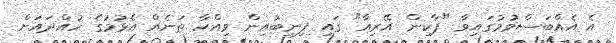
އެ އެއްބަސްވުމުގައިވާ "ޕާކިން އޭރިއާ" ގައި ފިނިބުއިން ވިއްކާ ތަނެއް އެޅުމުގެ ހުއްދައަށް